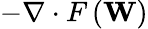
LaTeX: -\nabla\cdot F\left(\mathbf{W}\right)